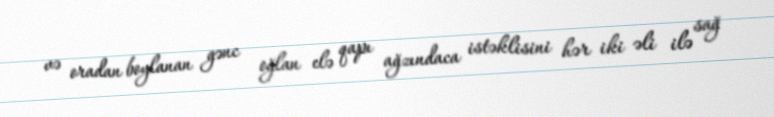
və oradan boylanan gənc oğlan elə qapı ağzındaca istəklisini hər iki əli ilə sağ